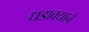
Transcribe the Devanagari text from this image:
धडाक्याने